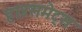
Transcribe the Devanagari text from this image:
हाउसमेट्स